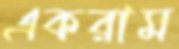
একরাম